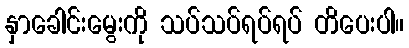
နှာခေါင်းမွေးကို သပ်သပ်ရပ်ရပ် တိပေးပါ။